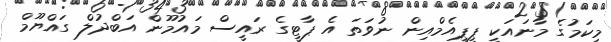
މިކަމުގެ މާނައަކީ ޕީޕީއެމްއިން ނުވަތަ އެ ޕާޓީގެ ރައީސް މައުމޫން އަބްދުލް ގައްޔޫމް